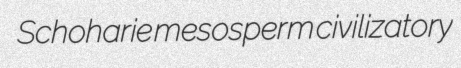
Schoharie mesosperm civilizatory